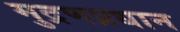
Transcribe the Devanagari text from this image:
मुद्रणप्रधान